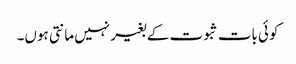
کوئی بات ثبوت کے بغیر نہیں مانتی ہوں۔